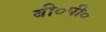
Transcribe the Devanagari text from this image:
बी०पी०